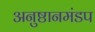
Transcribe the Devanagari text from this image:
अनुष्ठानमंडप